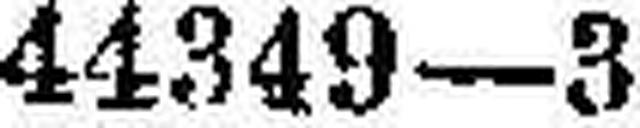
44349—3